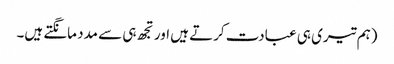
(ہم تیری ہی عبادت کرتے ہیں اور تجھ ہی سے مدد مانگتے ہیں۔